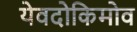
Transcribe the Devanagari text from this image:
येवदोकिमोव